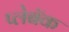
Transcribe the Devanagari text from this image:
प्लेबॅक